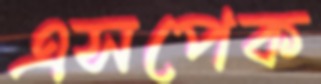
এসপেক